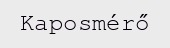
Kaposmérő